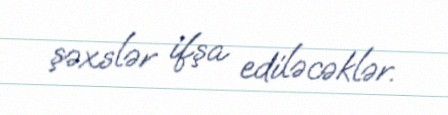
şəxslər ifşa ediləcəklər.